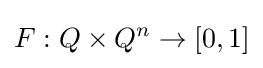
F:Q\times Q^{n}\to [0,1]